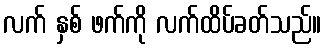
လက် နှစ် ဖက်ကို လက်ထိပ်ခတ်သည်။